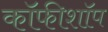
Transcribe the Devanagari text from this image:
कॉफीशॉप